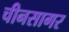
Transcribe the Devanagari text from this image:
चीनसागर